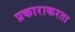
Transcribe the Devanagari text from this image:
प्रकाराकरता